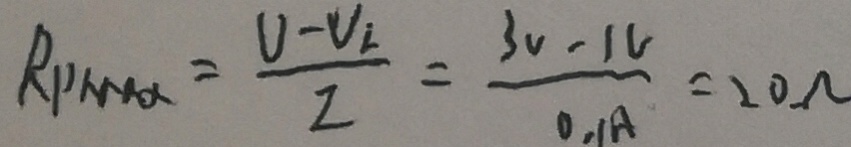
R p m i \alpha = \frac { U - v _ { i } } { z } = \frac { 3 v - 1 v } { 0 . 1 A } = 2 0 \Omega